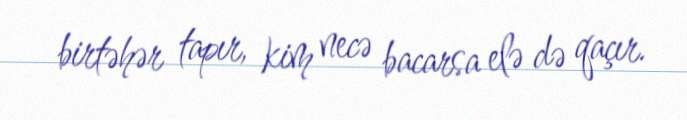
birtəhər tapır, kim necə bacarsa elə də qaçır.